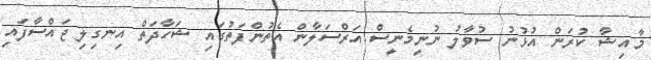
މާއިޝާ ކުރަން އުޅުނު ސުވާލު ނުނިމެނީސް އަރްސަލާން އެތުންފަތުގައި ޝަހާދަތް އިނގިލި ޖައްސާފައި